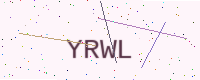
Text: YRWL